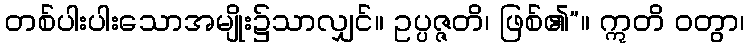
တစ်ပါးပါးသောအမျိုး၌သာလျှင်။ ဥပ္ပဇ္ဇတိ၊ ဖြစ်၏”။ ဣတိ ဝတွာ၊